Lunatic asylums United Prov. 1922-30 - 1922-1930
Year: 1922
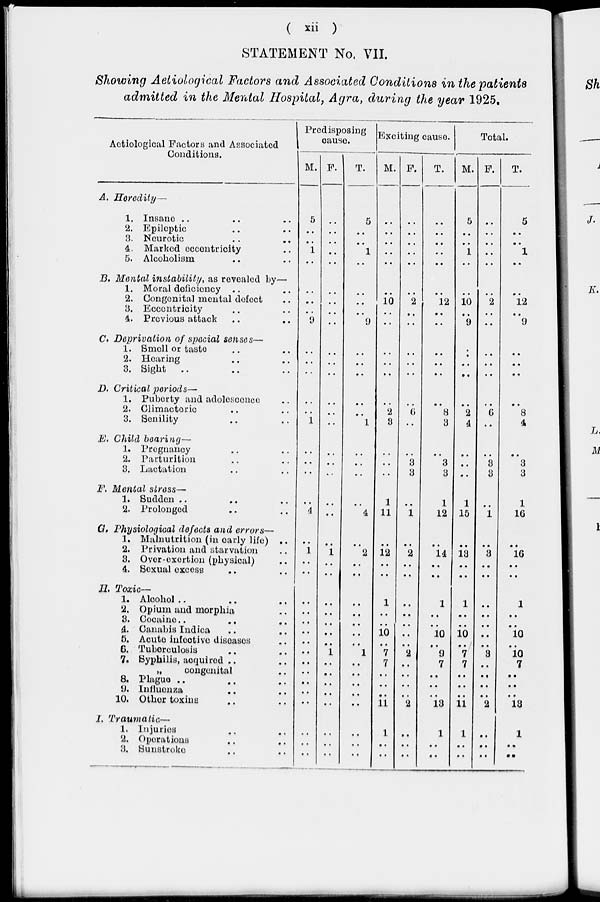
( xii )
STATEMENT No. VII.
Showing Aetiological Factors and Associated Conditions in the patients
admitted in the Mental Hospital, Agra, during the year 1925.
Aetiological Factors and Associated
Conditions.
A. Heredity—
1. Insane .. .. ..
2. Epileptic .. ..
3. Neurotic .. ..
4. Marked eccentricity ..
5. Alcoholism .. ..
B. Mental instability, as revealed by—
1. Moral deficiency .. ..
2. Congenital mental defect ..
3. Eccentricity .. ..
4. Previous attack .. ..
C. Deprivation of special senses—
1. Smell or taste .. ..
2. Hearing .. ..
3. Sight .. .. ..
D. Critical periods—
1. Puberty and adolescence ..
2. Climacteric .. ..
3. Senility .. ..
E. Child bearing—
1. Pregnancy .. ..
2. Parturition .. ..
3. Lactation .. ..
F. Mental stress—
1. Sudden .. .. ..
2. Prolongod .. ..
G. Physiological defects and errors—
1. Malnutrition (in carly life) ..
2. Privation and starvation ..
3. Over-exertion (physical) ..
4. Sexual excess .. ..
H. Toxic—
1. Alcohol .. .. ..
2. Opium and morphia ..
3. Cocaine .. .. ..
4. Canabis Indica .. ..
5. Acute infective diseases ..
6. Tuberculosis .. ..
7. Syphilis, acquired .. ..
„
congenital ..
8. Plaguo .. .. ..
9. Influenza .. ..
10. Other toxins .. ..
I. Traumatic—
1. Injuries .. ..
2. Operations .. ..
3. Sunstroke .. ..
Predisposing
cause.
M.
5
..
..
1
..
..
..
..
9
..
..
..
..
..
1
..
..
..
..
4
..
1
..
..
..
..
..
..
..
...
..
..
..
..
..
..
..
..
F.
..
..
..
..
..
..
..
..
..
..
..
..
..
..
..
..
..
..
..
..
..
1
..
..
..
..
..
..
..
1
..
..
..
..
..
..
..
..
T.
5
..
..
1
..
..
..
..
9
..
..
..
..
..
1
..
..
..
..
4
..
2
..
..
..
..
..
..
..
1
..
..
..
..
..
..
..
..
Exciting cause.
M.
..
..
..
..
..
..
10
..
..
..
..
..
..
2
3
..
..
..
1
11
..
12
..
..
1
..
..
10
..
7
7
..
..
..
11
1
..
..
F.
..
..
..
..
..
..
2
..
..
..
..
..
..
6
..
..
3
3
..
1
..
2
..
..
..
..
..
..
..
2
..
..
..
..
2
..
..
..
T.
..
..
..
..
..
..
12
..
..
..
..
..
..
8
3
..
3
3
1
12
..
14
..
..
1
..
..
10
..
9
7
..
..
..
13
1
..
..
Total.
M.
5
..
..
1
..
..
10
..
9
..
..
..
..
2
4
..
..
..
1
15
..
13
..
..
1
..
..
10
..
7
7
..
..
..
11
1
..
..
F.
..
..
..
..
..
..
2
..
..
..
..
..
..
6
..
..
3
3
..
1
..
3
..
..
..
..
..
..
..
3
...
..
..
..
2
..
..
..
T.
5
..
..
1
..
..
12
..
9
..
..
..
..
8
4
..
3
3
1
16
..
16
..
..
1
..
..
10
..
10
7
..
..
..
13
1
..
..